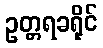
ဥတ္တရခရိုင်